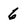
Character: 6